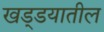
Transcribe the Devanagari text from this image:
खड्डयातील